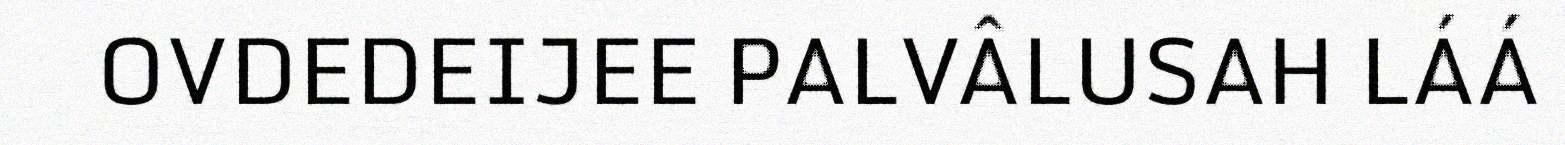
OVDEDEIJEE PALVÂLUSAH LÁÁ